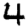
Digit: 4